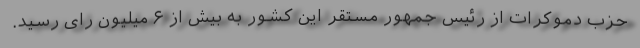
حزب دموکرات از رئیس جمهور مستقر این کشور به بیش از ۶ میلیون رای رسید.